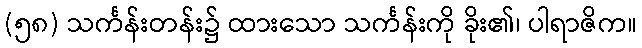
(၅၈) သင်္ကန်းတန်း၌ ထားသော သင်္ကန်းကို ခိုး၏၊ ပါရာဇိက။